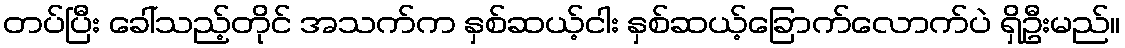
တပ်ပြီး ခေါ်သည့်တိုင် အသက်က နှစ်ဆယ့်ငါး နှစ်ဆယ့်ခြောက်လောက်ပဲ ရှိဦးမည်။